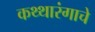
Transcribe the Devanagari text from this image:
कथ्थारंगाचे